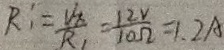
R : = \frac { V _ { x } } { R _ { 1 } } = \frac { 1 2 V } { 1 0 \Omega } = 1 . 2 A